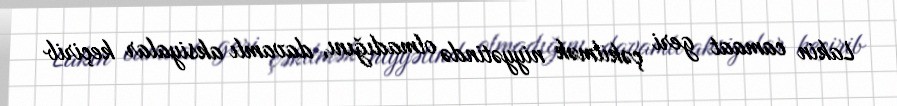
Lakin camaat geri çəkilmək niyyətində olmadığını, davamlı aksiyalar keçirib